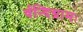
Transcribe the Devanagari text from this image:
र्वन्दिग्रामः